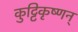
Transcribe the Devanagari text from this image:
कुट्टिकृष्णन्